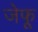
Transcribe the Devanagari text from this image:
जेफू